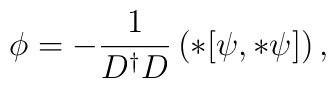
\phi = - \frac{1}{D^{\dagger}D} \left( *[\psi,*\psi]\right),